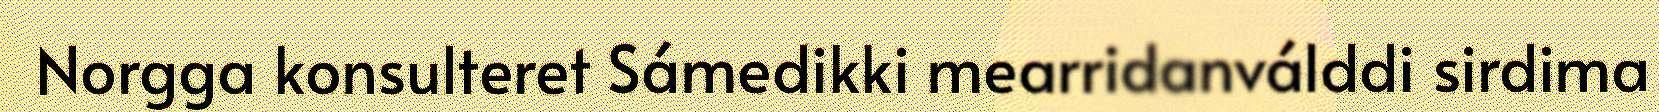
Norgga konsulteret Sámedikki mearridanválddi sirdima